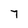
Character: 7